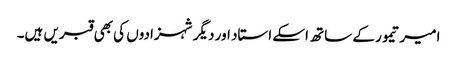
امیر تیمور کے ساتھ اسکے استاد اور دیگر شہزادوں کی بھی قبریں ہیں۔